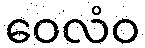
ဝေလံဝ